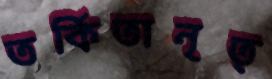
তর্কিতানৃত্